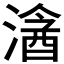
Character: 𣻦